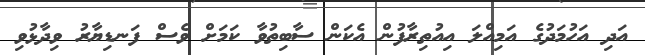
އަދި އަހުމަދުގެ އަމިއްލަ އިއުތިރާފުން އެކަން ސާބިތުވާ ކަމަށް ވެސް ފަނޑިޔާރު ވިދާޅުވި